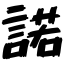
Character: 諾